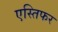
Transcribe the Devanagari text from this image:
एस्तिफर